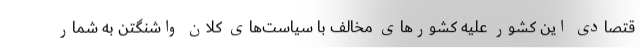
قتصادی این کشور علیه کشورهای مخالف با سیاست‌های کلان واشنگتن به شمار